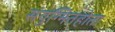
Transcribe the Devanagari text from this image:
संयुग्मितहोता